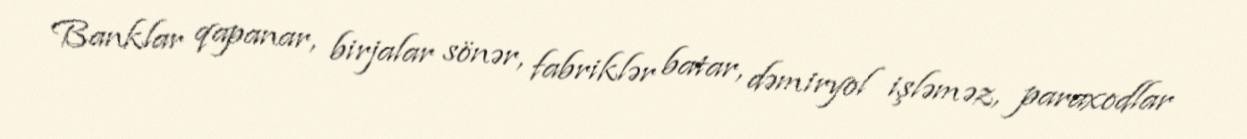
Banklar qapanar, birjalar sönər, fabriklər batar, dəmiryol işləməz, paraxodlar